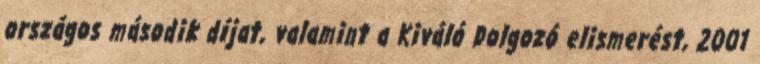
országos második díjat, valamint a Kiváló Dolgozó elismerést, 2001